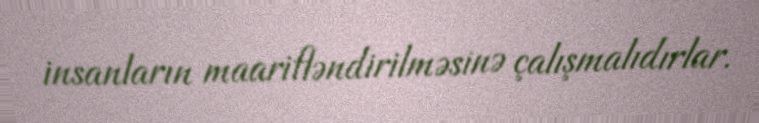
insanların maarifləndirilməsinə çalışmalıdırlar.